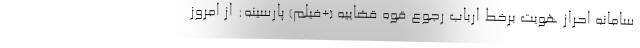
سامانه احراز هویت برخط ارباب رجوع قوه قضاییه (+فیلم) پارسینه: از امروز